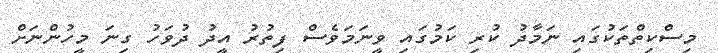
މިސްކިތްތަކުގައި ނަމާދު ކުރި ކަމުގައި ވީނަމަވެސް ފިތުރު އީދު ދުވަހު ގިނަ މީހުންނަށް